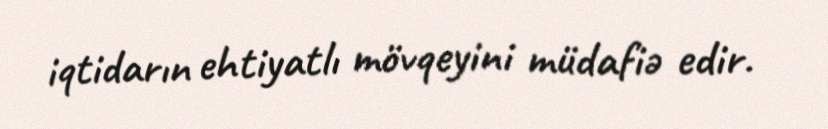
iqtidarın ehtiyatlı mövqeyini müdafiə edir.